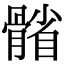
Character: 𩩭